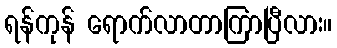
ရန်ကုန် ရောက်လာတာကြာပြီလား။